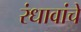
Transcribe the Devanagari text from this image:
रंधावांचे